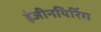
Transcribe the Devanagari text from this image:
इंजीनयिरिंग